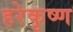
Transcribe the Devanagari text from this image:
हरेकृष्‍ण